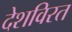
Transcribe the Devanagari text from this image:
देशविरत